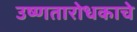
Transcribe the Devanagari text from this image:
उष्णतारोधकाचे